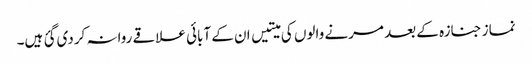
نماز جنازہ کے بعد مرنے والوں کی میتیں ان کے آبائی علاقے روانہ کردی گئ ہیں۔